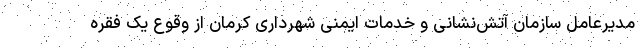
مدیرعامل سازمان آتش‌نشانی و خدمات ایمنی شهرداری کرمان از وقوع یک فقره